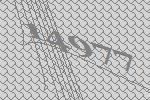
14977